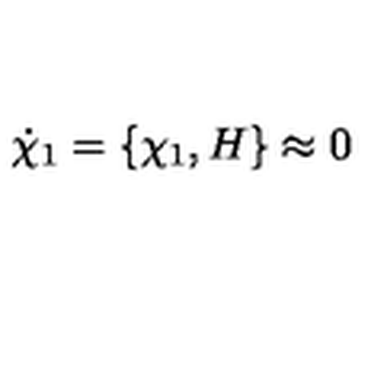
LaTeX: \dot { \chi } _ { 1 } = \left\{ \chi _ { 1 } , H \right\} \approx 0